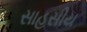
સાહસીય